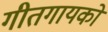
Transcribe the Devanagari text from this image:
गीतगायकों